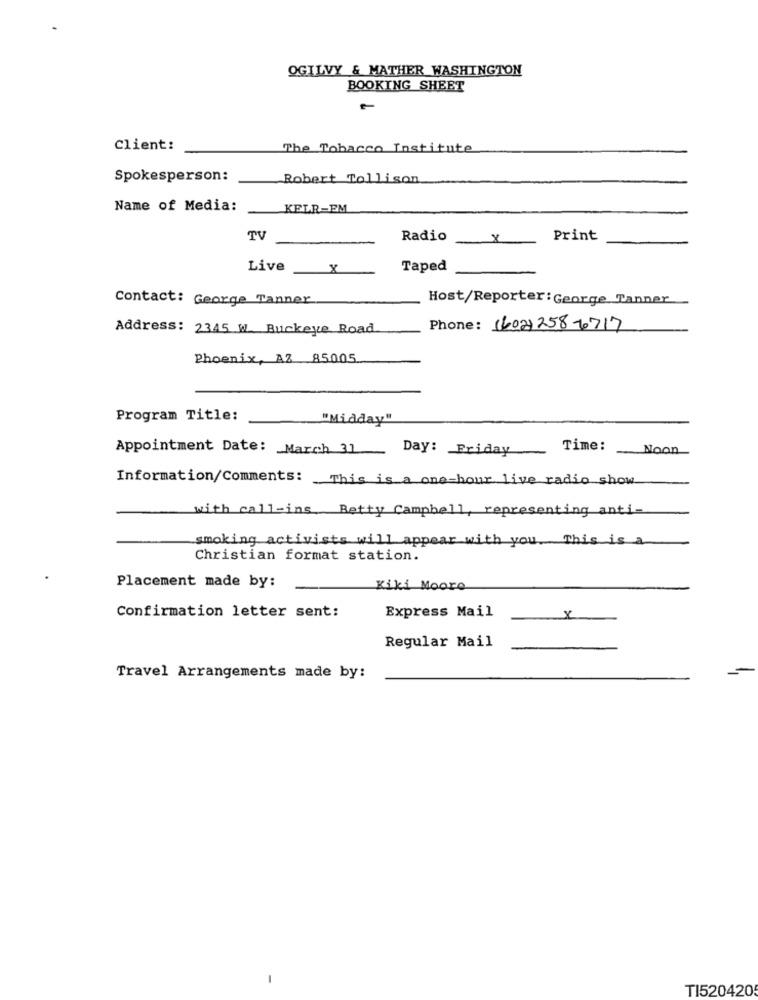
OGILVY & MATHER WASHINGTON
BOOKING SHEET
Client:
The Tobacco Institute
Spokesperson:
Robert Tollison
Name of Media:
KELR-EM
TV
Radio
x
Print
Live
8
Taped
Contact: George Tanner
Host/Reporter: George Tanner
Address: 2345 W. Buckeye Road
Phone: (602) 258-6717
Phoenix, AZ 85005
Program Title:
"Midday"
Appointment Date: March 31
Day: Friday
Time:
Information/Comments: This is a one-hour live radio show
with call-ins Betty Campbell, representing anti-
smoking activists will appear with you. This is a
Christian format station.
Placement made by:
Kiki Moore
Express Mail
Confirmation letter sent:
Regular Mail
Travel Arrangements made by:
TI5204205